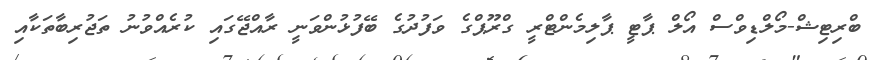
ބްރިޓިޝް-މޯލްޑިވްސް އޯލް ޕާޓީ ޕާލިމެންޓްރީ ގްރޫޕްގެ ވަފުދުގެ ބޭފުޅުންވަނީ ރާއްޖޭގައި ކުރެއްވުނު ތަޖުރިބާތަކާއި